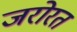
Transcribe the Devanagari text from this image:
जरोरत